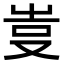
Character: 𠭆